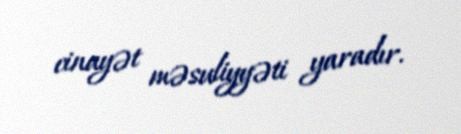
cinayət məsuliyyəti yaradır.